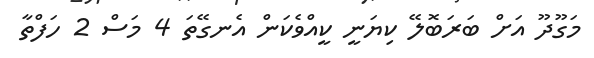
މަގޫދޫ އަށް ބަރަބޮލޭ ކިޔަނީ ކީއްވެކަން އެނގޭތަ 4 މަސް 2 ހަފްތާ